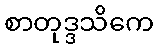
စာတုဒ္ဒသိကေ